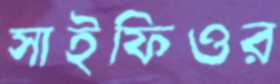
সাইফিওর